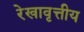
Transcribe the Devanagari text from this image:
रेखावृत्तीय